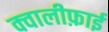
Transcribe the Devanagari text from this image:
क्वालीफ़ाई